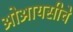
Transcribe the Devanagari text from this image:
ओआयसीचे